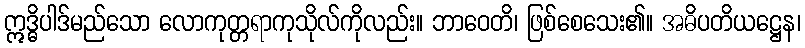
ဣဒ္ဓိပါဒ်မည်သော လောကုတ္တရာကုသိုလ်ကိုလည်း။ ဘာဝေတိ၊ ဖြစ်စေသေး၏။ အဓိပတိယဋ္ဌေန၊